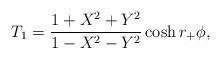
LaTeX: \begin{align*}T_1 = {1+ X^2+ Y^2 \over 1-X^2-Y^2} \cosh r_+\phi,\end{align*}